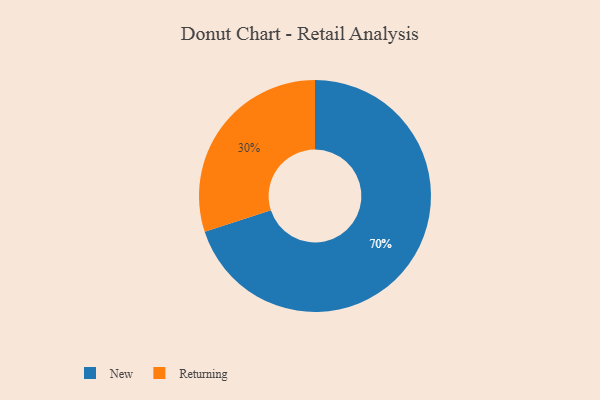
{"axis": {"x": "Category", "y": "Percentage"}, "legend": ["New", "Returning"], "data": [{"x": "Returning", "y": 30, "type": "Returning"}, {"x": "New", "y": 70, "type": "New"}]}